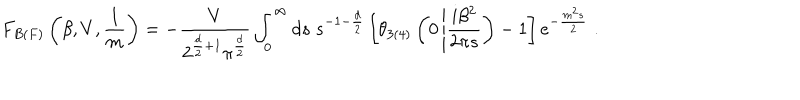
F _ { B ( F ) } \left( \beta , V , \frac { 1 } { m } \right) = - \frac { V } { 2 ^ { \frac { d } { 2 } + 1 } \pi ^ { \frac { d } { 2 } } } \int _ { 0 } ^ { \infty } d s \; s ^ { - 1 - \frac { d } { 2 } } \left[ \theta _ { 3 ( 4 ) } \left( 0 \left| \frac { i \beta ^ { 2 } } { 2 \pi s } \right. \right) - 1 \right] e ^ { - \frac { m ^ { 2 } s } { 2 } } \; .